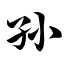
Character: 孙